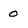
Character: 0